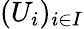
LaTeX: (U_{i})_{i\in I}